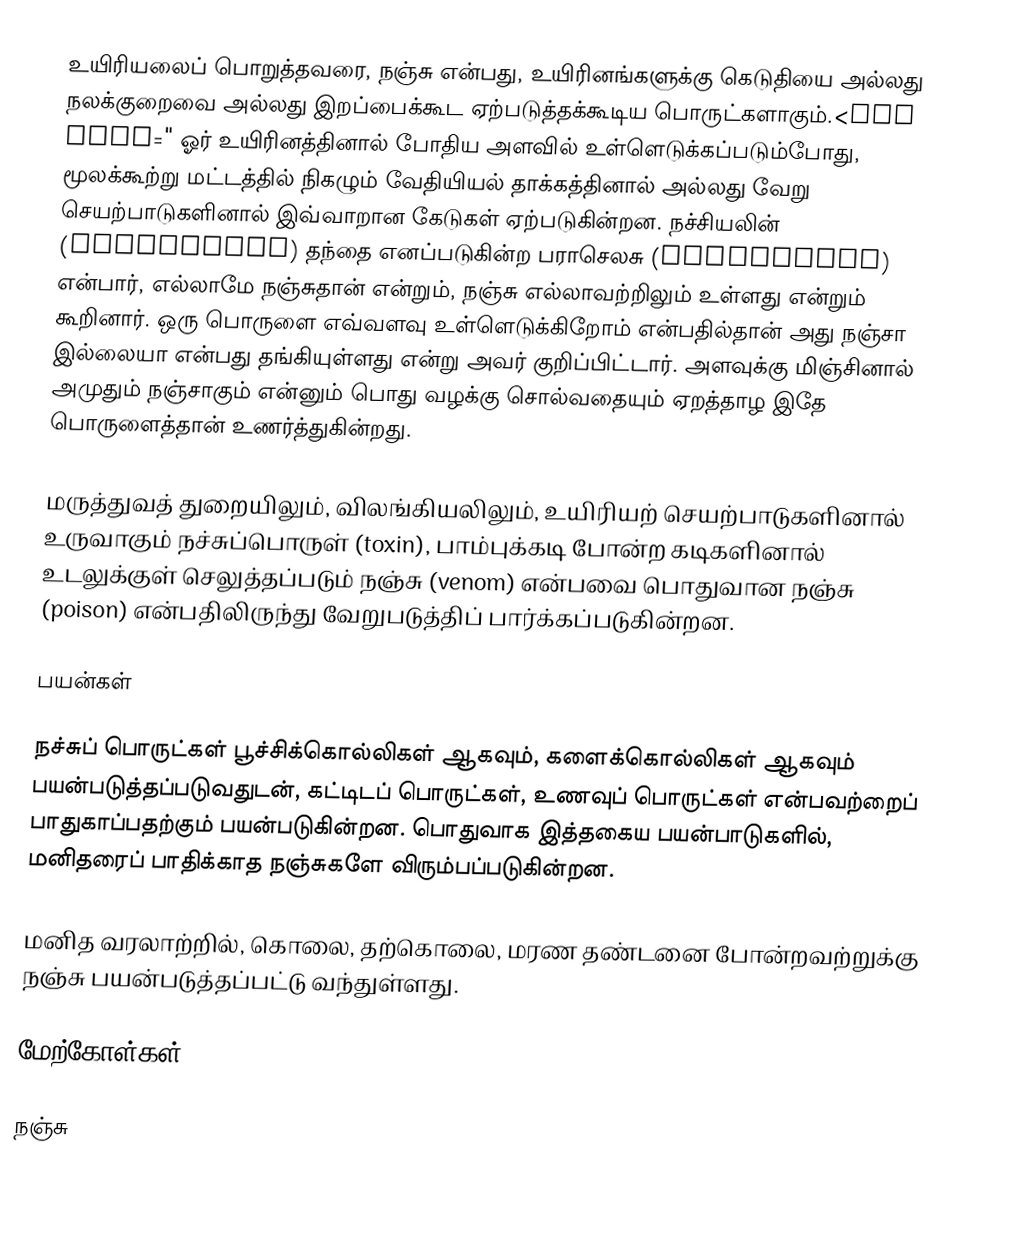
உயிரியலைப் பொறுத்தவரை, நஞ்சு என்பது, உயிரினங்களுக்கு கெடுதியை அல்லது நலக்குறைவை அல்லது இறப்பைக்கூட ஏற்படுத்தக்கூடிய பொருட்களாகும்.<ref name=" ஓர் உயிரினத்தினால் போதிய அளவில் உள்ளெடுக்கப்படும்போது, மூலக்கூற்று மட்டத்தில் நிகழும் வேதியியல் தாக்கத்தினால் அல்லது வேறு செயற்பாடுகளினால் இவ்வாறான கேடுகள் ஏற்படுகின்றன. நச்சியலின் (toxicology) தந்தை எனப்படுகின்ற பராசெலசு (Paracelsus) என்பார், எல்லாமே நஞ்சுதான் என்றும், நஞ்சு எல்லாவற்றிலும் உள்ளது என்றும் கூறினார். ஒரு பொருளை எவ்வளவு உள்ளெடுக்கிறோம் என்பதில்தான் அது நஞ்சா இல்லையா என்பது தங்கியுள்ளது என்று அவர் குறிப்பிட்டார். அளவுக்கு மிஞ்சினால் அமுதும் நஞ்சாகும் என்னும் பொது வழக்கு சொல்வதையும் ஏறத்தாழ இதே பொருளைத்தான் உணர்த்துகின்றது.

மருத்துவத் துறையிலும், விலங்கியலிலும், உயிரியற் செயற்பாடுகளினால் உருவாகும் நச்சுப்பொருள் (toxin), பாம்புக்கடி போன்ற கடிகளினால் உடலுக்குள் செலுத்தப்படும் நஞ்சு (venom) என்பவை பொதுவான நஞ்சு (poison) என்பதிலிருந்து வேறுபடுத்திப் பார்க்கப்படுகின்றன.

பயன்கள்

நச்சுப் பொருட்கள் பூச்சிக்கொல்லிகள் ஆகவும், களைக்கொல்லிகள் ஆகவும் பயன்படுத்தப்படுவதுடன், கட்டிடப் பொருட்கள், உணவுப் பொருட்கள் என்பவற்றைப் பாதுகாப்பதற்கும் பயன்படுகின்றன. பொதுவாக இத்தகைய பயன்பாடுகளில், மனிதரைப் பாதிக்காத நஞ்சுகளே விரும்பப்படுகின்றன.

மனித வரலாற்றில், கொலை, தற்கொலை, மரண தண்டனை போன்றவற்றுக்கு நஞ்சு பயன்படுத்தப்பட்டு வந்துள்ளது.

மேற்கோள்கள்

நஞ்சு